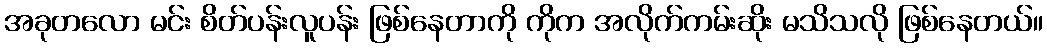
အခုတလော မင်း စိတ်ပန်းလူပန်း ဖြစ်နေတာကို ကိုက အလိုက်ကမ်းဆိုး မသိသလို ဖြစ်နေတယ်။